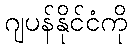
ဂျပန်နိုင်ငံကို